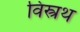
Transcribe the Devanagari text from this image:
विस्त्रथ